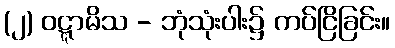
(၂) ဝဋ္ဋာမိသ - ဘုံသုံးပါး၌ ကပ်ငြိခြင်း။